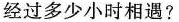
经过多少小时相遇?